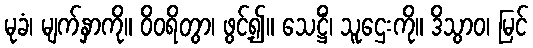
မုခံ၊ မျက်နှာကို။ ဝိဝရိတွာ၊ ဖွင့်၍။ သေဋ္ဌိံ၊ သူဌေးကို။ ဒိသွာဝ၊ မြင်